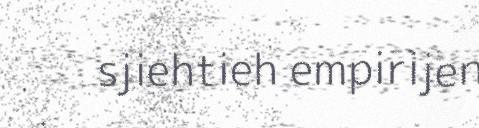
sjiehtieh empirijen